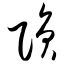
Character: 陨